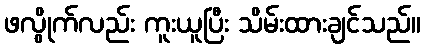
ဖလွိုက်လည်း ကူးယူပြီး သိမ်းထားချင်သည်။